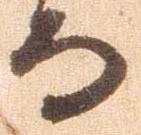
而